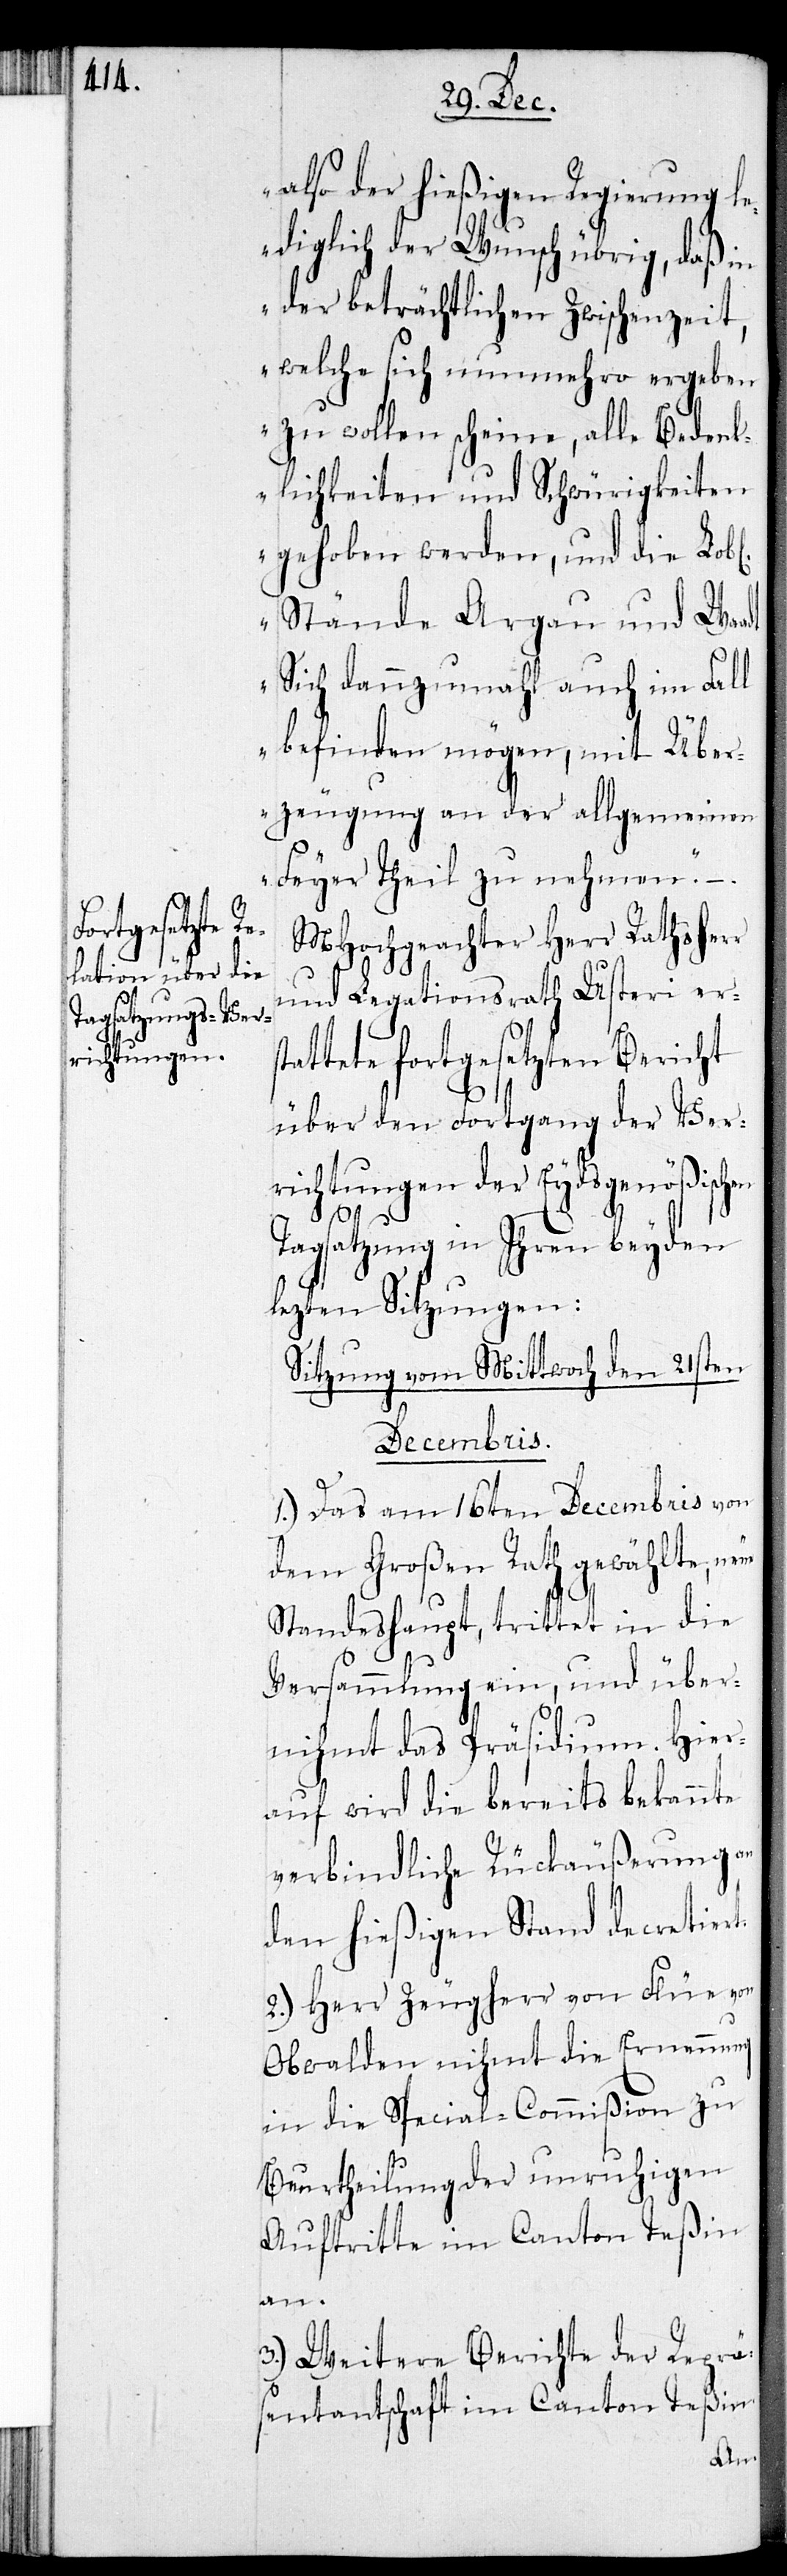
also der hießigen Regierung le¬
diglich der Wunsch übrig, daß in
der beträchtlichen Zwischenzeit,
welche sich nunmehro ergeben
zu wollen scheine, alle Bedenk¬
lichkeiten und Schwürigkeiten
gehoben werden, und die Lobl.
Stände Aargau und Waadt
sich dannzumahl auch im Fall
befinden mögen, mit Über¬
zeugung an der allgemeinen
Feyer Theil zu nehmen.“–.
MHochgeachter Herr Rathsherr
und Legationsrath Usteri ers¬
tattete fortgesetzten Bericht
über den Fortgang der Ver¬
richtungen der Eydsgenößisch¬
Tagsatzung in Ihren beyden
lezten Sitzungen:
Sitzung vom Mittwoch den 21sten
Decembris.
1.) Das am 16ten Decembris von
dem Großen Rath gewählte,
Standeshaupt, trittet in die
Versammlung ein, und über¬
nihmt das Präsidium. Hier¬
auf wird die bereits bekannte
verbindliche Rückäußerung an
den hießigen Stand decretiert.
2.) Herr Zeugherr von Flüe
Obwalden nihmt die Ernennung
in die Special-Commißion zur
Beurtheilung der unruhigen
Auftritte im Canton Teßin
an.
3.) Weitere Bericht der Reprä¬
sentantschaft im Canton Teßin.